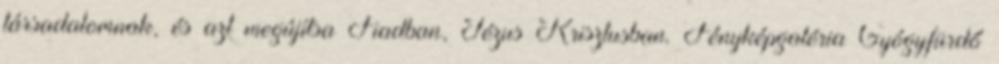
társadalomnak, és azt megújítsa Fiadban, Jézus Krisztusban. Fényképgaléria Gyógyfürdő